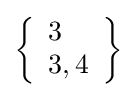
\left\{{\begin{array}{l}3\\3,4\end{array}}\right\}